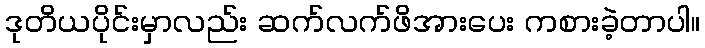
ဒုတိယပိုင်းမှာလည်း ဆက်လက်ဖိအားပေး ကစားခဲ့တာပါ။